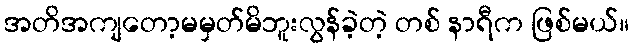
အတိအကျတော့မမှတ်မိဘူးလွန်ခဲ့တဲ့ တစ် နာရီက ဖြစ်မယ်။